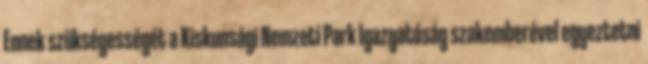
Ennek szükségességét a Kiskunsági Nemzeti Park Igazgatóság szakemberével egyeztetni